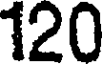
120